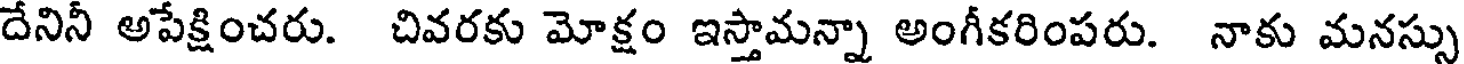
దేనినీ అపేక్షించరు. చివరకు మోక్షం ఇస్తామన్నా అంగీకరింపరు. నాకు మనస్సు